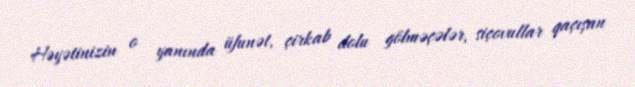
Həyətinizin o yanında üfunət, çirkab dolu gölməçələr, siçovullar qaçışan